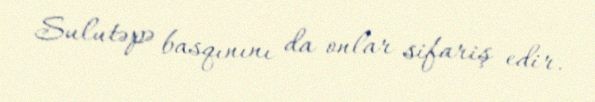
Sulutəpə basqınını da onlar sifariş edir.